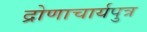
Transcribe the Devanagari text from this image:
द्रोणाचार्यपुत्र